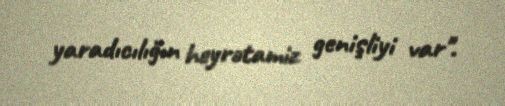
yaradıcılığın heyrətamiz genişliyi var".